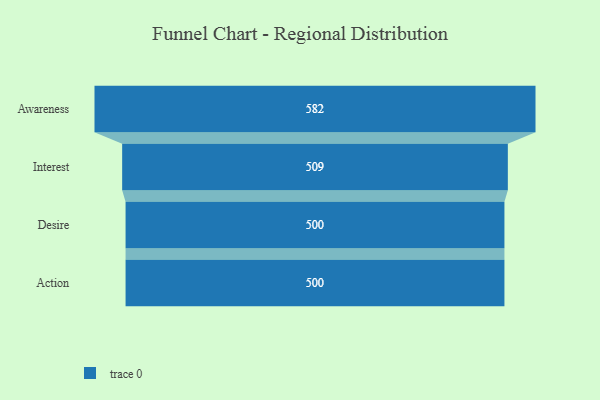
{"axis": {"x": "Stage", "y": "Value"}, "legend": [""], "data": [{"x": "Awareness", "y": 582.0, "type": ""}, {"x": "Interest", "y": 509.0, "type": ""}, {"x": "Desire", "y": 500, "type": ""}, {"x": "Action", "y": 500, "type": ""}]}